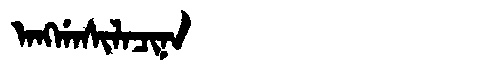
Manchu: ᠠᠩᡤᠠᠰᡳᠯᠠᠴᡳᠨᠠ
Romanization: ANGGASILACINA